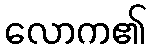
လောက၏